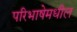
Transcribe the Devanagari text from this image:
परिभाषेमधील